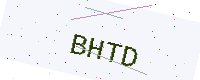
Text: BHTD